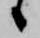
候